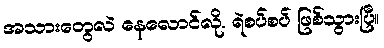
အသားတွေလဲ နေလောင်လို. ရဲစပ်စပ် ဖြစ်သွားပြီ။